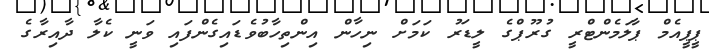
ޕީޕީއެމް ޕާލަމެންޓްރީ ގުރޫޕްގެ ލީޑަރު ކަމަށް ނިހާން އިންތިހާބުވެޑައިގެންފައި ވަނީ ކެލާ ދާއިރާގެ